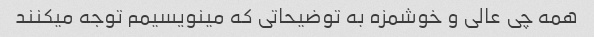
همه چی عالی و خوشمزه به توضیحاتی که مینویسیمم توجه میکنند